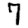
Digit: 7